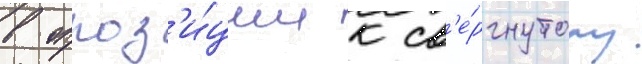
в оппоз'и́ции к св'е́ргнутому